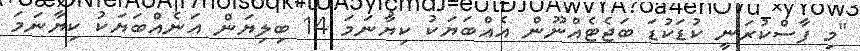
"މި ފާސްކުރަނީ ކުޑަކުޑަ ބަޖެޓެއްނޫން އެއްބަޔަކު ކިޔާނަމަ 14 ބިލިޔަން އަނެއްބަޔަކު ކިޔާނަމަ